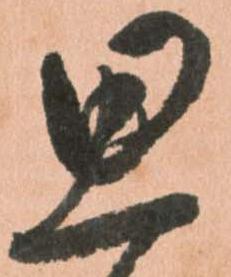
思